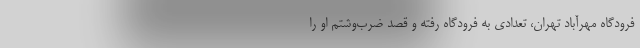
فرودگاه مهرآباد تهران، تعدادی به فرودگاه رفته و قصد ضرب‌وشتم او را